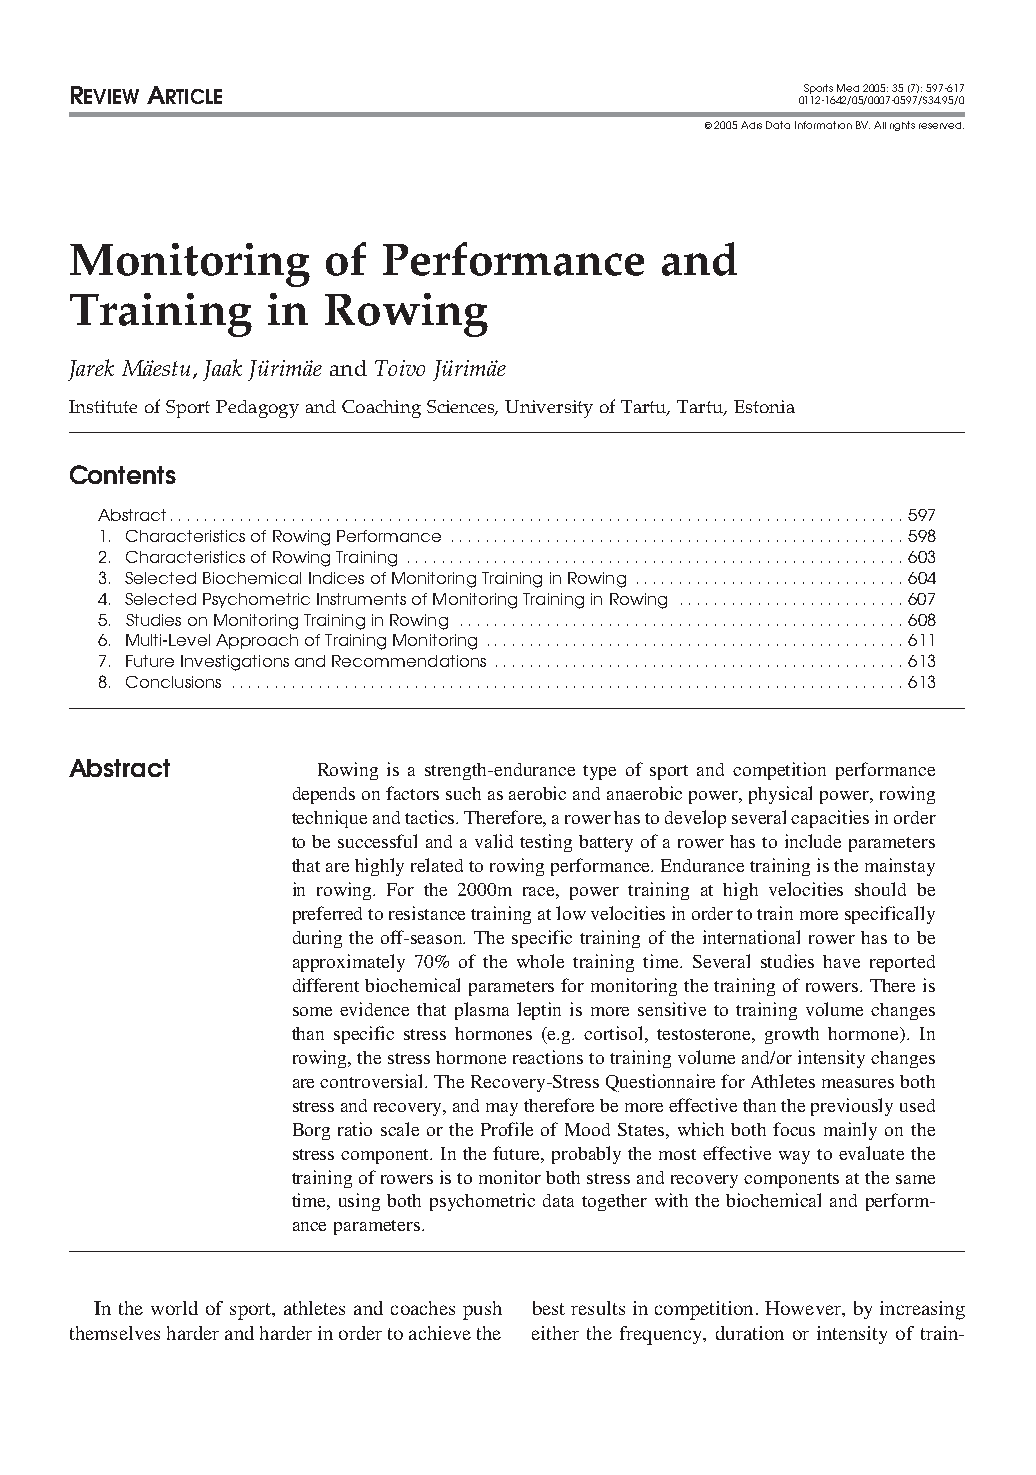
REVIEW ARTICLE                                   Sports Med 2005; 35 (7): 597-617
 0112-1642/05/0007-0597/$34.95/0
  2005 Adis Data Information BV. All rights reserved.
 Monitoring       of  Performance       and
 Training     in  Rowing
 Jarek Ma¨estu, Jaak Ju¨rima¨e and Toivo Ju¨rima¨e
 Institute of Sport Pedagogy and Coaching Sciences, University of Tartu, Tartu, Estonia
 Contents
 Abstract....................................................................................597
 1. Characteristics of Rowing Performance ....................................................598
 2. Characteristics of Rowing Training .........................................................603
 3. Selected Biochemical Indices of Monitoring Training in Rowing ...............................604
 4. Selected Psychometric Instruments of Monitoring Training in Rowing ..........................607
 5. Studies on Monitoring Training in Rowing ...................................................608
 6. Multi-Level Approach of Training Monitoring ................................................611
 7. Future Investigations and Recommendations ...............................................613
 8. Conclusions .............................................................................613
 Abstract         Rowing is a strength-endurance type of sport and competition performance
 depends on factors such as aerobic and anaerobic power, physical power, rowing
 technique and tactics. Therefore, a rower has to develop several capacities in order
 to be successful and a valid testing battery of a rower has to include parameters
 that are highly related to rowing performance. Endurance training is the mainstay
 in rowing. For the 2000m race, power training at high velocities should be
 preferred to resistance training at low velocities in order to train more specifically
 during the off-season. The specific training of the international rower has to be
 approximately 70% of the whole training time. Several studies have reported
 different biochemical parameters for monitoring the training of rowers. There is
 some evidence that plasma leptin is more sensitive to training volume changes
 than specific stress hormones (e.g. cortisol, testosterone, growth hormone). In
 rowing, the stress hormone reactions to training volume and/or intensity changes
 are controversial. The Recovery-Stress Questionnaire for Athletes measures both
 stress and recovery, and may therefore be more effective than the previously used
 Borg ratio scale or the Profile of Mood States, which both focus mainly on the
 stress component. In the future, probably the most effective way to evaluate the
 training of rowers is to monitor both stress and recovery components at the same
 time, using both psychometric data together with the biochemical and perform-
 ance parameters.
 In the world of sport, athletes and coaches push best results in competition. However, by increasing
 themselves harder and harder in order to achieve the either the frequency, duration or intensity of train-